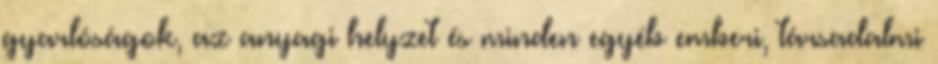
gyarlóságok, az anyagi helyzet és minden egyéb emberi, társadalmi